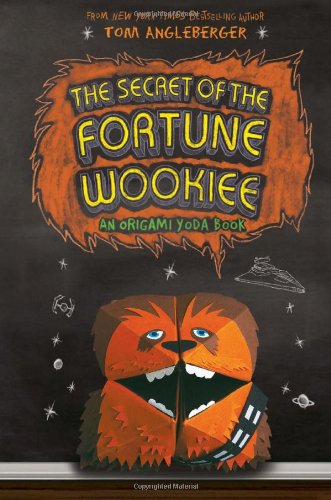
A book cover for The Secret of the Fortune Wookiee (Origami Yoda); Tom Angleberger; Crafts, Hobbies & Home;